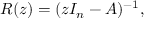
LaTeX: R ( z ) = ( z I _ { n } - A ) ^ { - 1 } ,